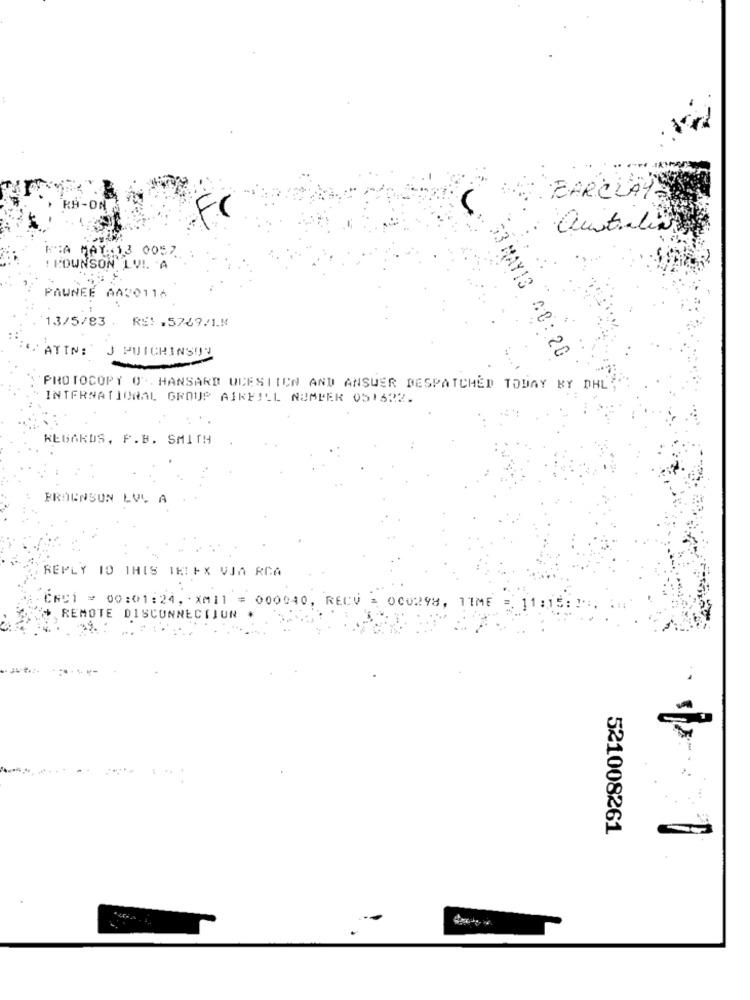
BARCLAYS
RH-ON &
australia
RIA MAY :: 13 0057
! POWNSON LV! 'A
PAWNEE AA20116
13/5/83 . RE: , 5769/1.8
ATIN: J PUIGHINSOY
53 MAY13 NO: 20
PROTOCOPY 0' HANSARD UCESTIEN AND ANSWER DESPATCHED TODAY BY DHL,
INTERNATIONAL GROUP AIRFILL NUMBER 051622.
REGARDS, F. B. SMITH
FROGNSUN LVL A
REPLY TO THIS IKIEX VJA RCA
CAC1 = 00:01:24, XM11 = 000040, RECV = 000298, TIME
11:
REMOTE DISCONNECTJUN *
521008261